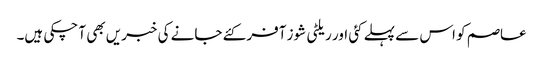
عاصم کو اس سے پہلے کئی اور ریلٹی شوز آفر کئے جانے کی خبریں بھی آ چکی ہیں۔